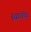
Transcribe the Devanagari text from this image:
स्वांतंत्र्य